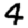
Digit: 4